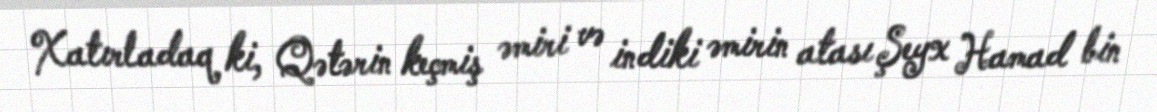
Xatırladaq ki, Qətərin keçmiş əmiri və indiki əmirin atası Şeyx Hamad bin